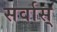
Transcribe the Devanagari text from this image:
सर्वास्‌